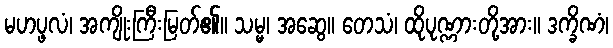
မဟပ္ဖလံ၊ အကျိုးကြီးမြတ်၏။ သမ္မ၊ အဆွေ။ တေသံ၊ ထိုပုဏ္ဏားတို့အား။ ဒက္ခိဏံ၊